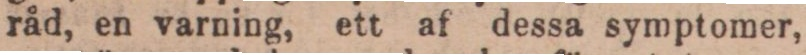
råd, en varning, ett af dessa symptomer,